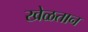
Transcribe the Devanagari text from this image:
खेळतान